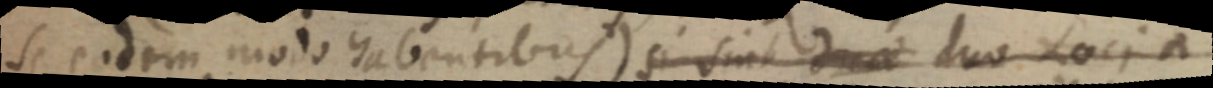
se eodem modo habentibus) si sint duae duo Locia